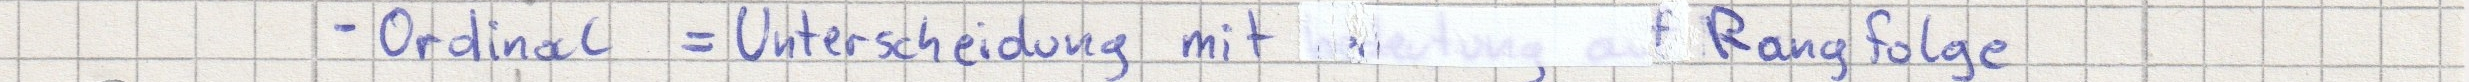
- Ordinal = Unterscheidung mit Rangfolge